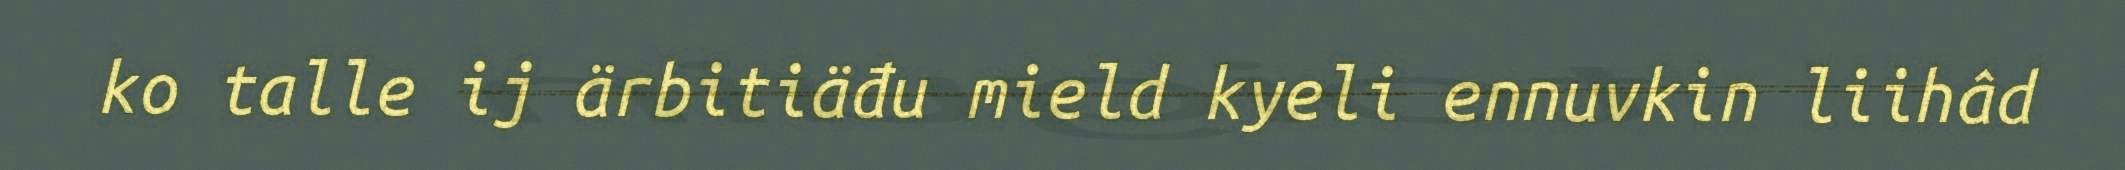
ko talle ij ärbitiäđu mield kyeli ennuvkin liihâd